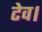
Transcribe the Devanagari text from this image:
टेव।